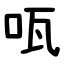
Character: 咓